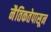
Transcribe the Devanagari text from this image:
नैतिकतेपासून